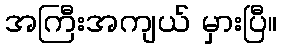
အကြီးအကျယ် မှားပြီ။